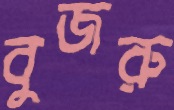
বুজরু